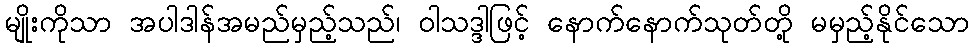
မျိုးကိုသာ အပါဒါန်အမည်မှည့်သည်၊ ဝါသဒ္ဒါဖြင့် နောက်နောက်သုတ်တို့ မမှည့်နိုင်သော